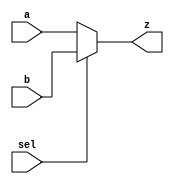
`timescale 1ns / 1ps
//////////////////////////////////////////////////////////////////////////////////
// Company: 
// Engineer: 
// 
// Design Name: 
// Module Name: mux_2_to_1
// Project Name: 
// Target Devices: 
// Tool Versions: 
// Description: 
// 
// Dependencies: 
// 
// Revision:
// Revision 0.01 - File Created
// Additional Comments:
// 
//////////////////////////////////////////////////////////////////////////////////


module mux_2_to_1(
    input a,
    input b,
    input sel,
    output z
    );
    assign z = (sel) ? b : a;
endmodule